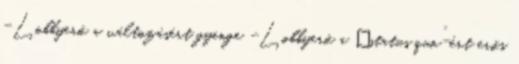
-Lobbyerő a változásért gyenge -Lobbyerő a „status quo”-ért erős